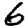
Digit: 6